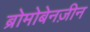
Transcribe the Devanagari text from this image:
ब्रोमोबेनज़ीन